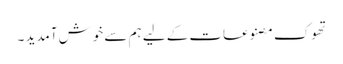
تھوک مصنوعات کے لیے ہم سے خوش آمدید ۔